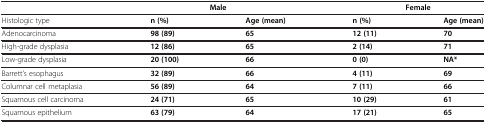
|  | Male |  | Female |  |
 | --- | --- | --- | --- | --- |
 | Histologic type | n (%) | Age (mean) | n (%) | Age (mean) |
 | Adenocarcinoma | 98 (89) | 65 | 12 (11) | 70 |
 | High-grade dysplasia | 12 (86) | 65 | 2 (14) | 71 |
 | Low-grade dysplasia | 20 (100) | 66 | 0 (0) | NA* |
 | Barrett’s esophagus | 32 (89) | 66 | 4 (11) | 69 |
 | Columnar cell metaplasia | 56 (89) | 64 | 7 (11) | 66 |
 | Squamous cell carcinoma | 24 (71) | 65 | 10 (29) | 61 |
 | Squamous epithelium | 63 (79) | 64 | 17 (21) | 65 |